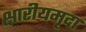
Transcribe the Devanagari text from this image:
क्षारीयमृदा